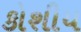
કોશીય